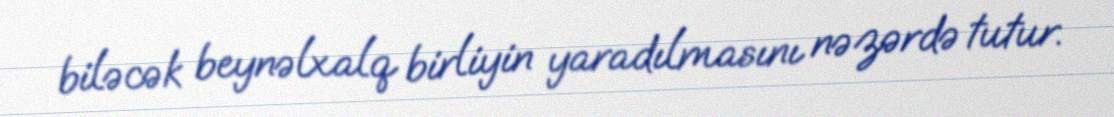
biləcək beynəlxalq birliyin yaradılmasını nəzərdə tutur.